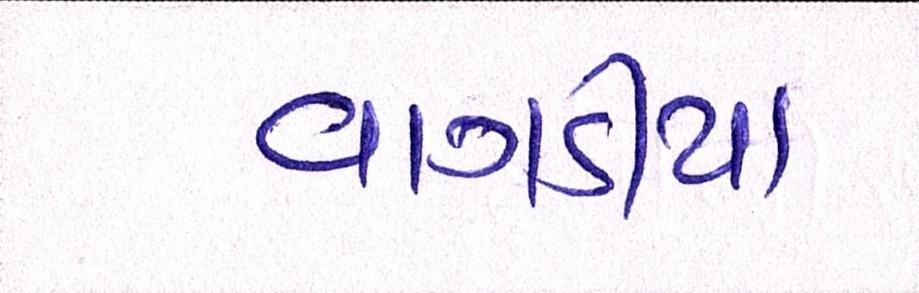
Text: વાગડીયા